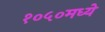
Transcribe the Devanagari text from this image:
१०५०मध्ये